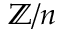
\mathbb { Z } / n